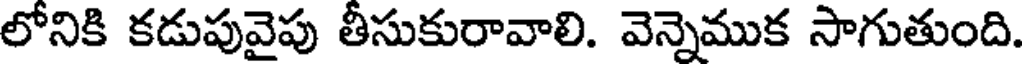
లోనికి కడుపువైపు తీసుకురావాలి. వెన్నెముక సాగుతుంది.